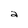
Character: a